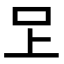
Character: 𭆽